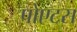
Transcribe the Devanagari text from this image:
पोएटस